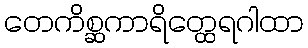
တေကိစ္ဆကာရိတ္ထေရဂါထာ